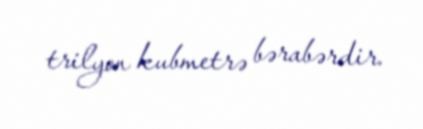
trilyon kubmetrə bərabərdir.